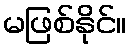
မဖြစ်နိုင်။